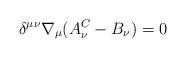
LaTeX: \begin{align*}\delta^{\mu\nu}\nabla_\mu(A^C_\nu-B_\nu)=0\end{align*}